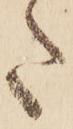
た